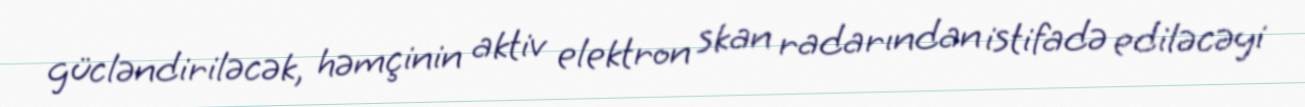
gücləndiriləcək, həmçinin aktiv elektron skan radarından istifadə ediləcəyi